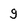
Character: g